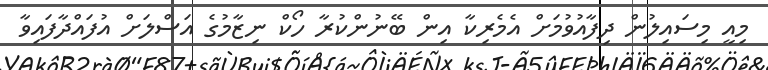
މިއީ މިސައިލުން ދިފާއުވުމަށް އެމެރިކާ އިން ބޭނުންކުރާ ހޯކް ނިޒާމުގެ އަސްލަށް އުފައްދާފައިވާ